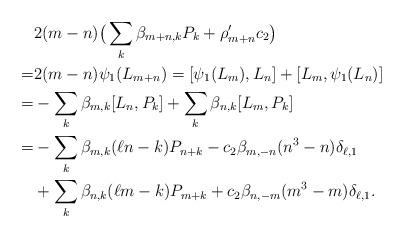
LaTeX: \begin{align*}&2(m-n)\big(\sum_k\beta_{m+n,k}P_k+\rho_{m+n}'c_2\big)&\\= &2(m-n)\psi_1(L_{m+n})=[\psi_1(L_m),L_n]+[L_m, \psi_1(L_n)]&\\=&-\sum_k\beta_{m,k}[L_n,P_k]+ \sum_k\beta_{n,k}[L_m,P_k]&\\=&-\sum_k\beta_{m,k}(\ell n - k)P_{n+k} -c_2\beta_{m,-n}(n^3-n)\delta_{\ell,1}&\\&+\sum_k\beta_{n,k}(\ell m - k)P_{m+k}+ c_2\beta_{n,-m}(m^3-m)\delta_{\ell,1}.&\end{align*}